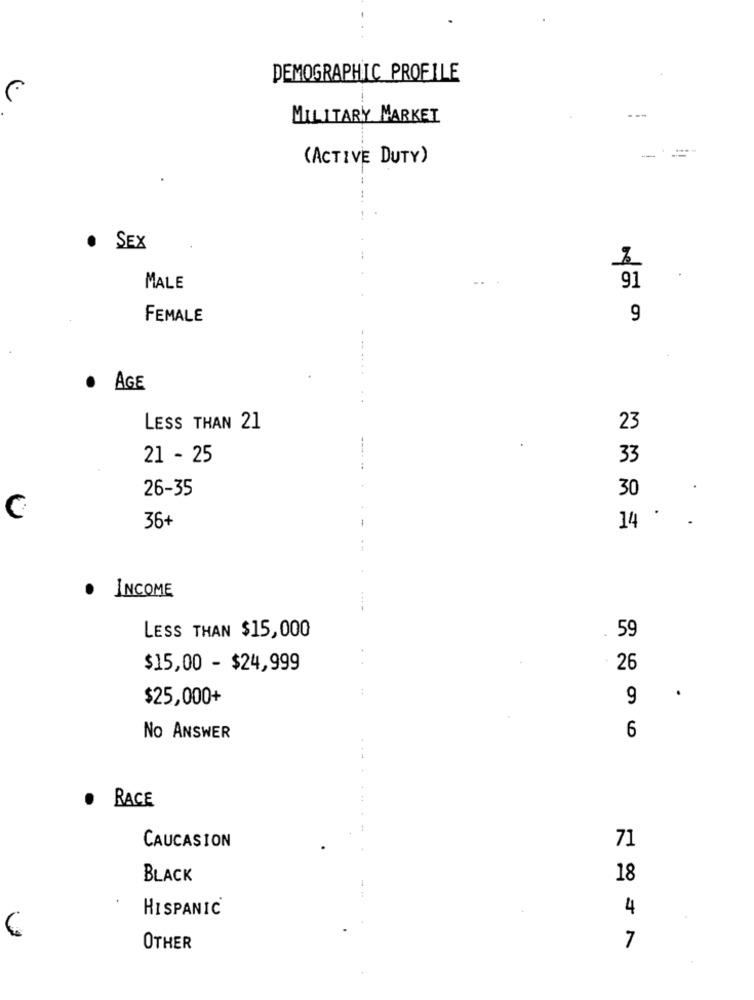
DEMOGRAPHIC PROFILE
MILITARY MARKET
(ACTIVE DUTY)
. SEX
MALE
FEMALE
9
..
.
AGE
LESS THAN 21
23
21 - 25
33
26-35
30
C
36+
14
INCOME
59
LESS THAN $15,000
. .
$15,00 - $24,999
26
$25,000+
9
No ANSWER
6
RACE
CAUCASION
71
BLACK
18
HISPANIC
4
6
7
OTHER